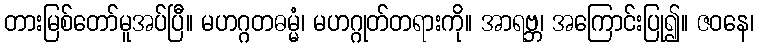
တားမြစ်တော်မူအပ်ပြီ။ မဟဂ္ဂတဓမ္မံ၊ မဟဂ္ဂုတ်တရားကို။ အာရဗ္ဘ၊ အကြောင်းပြု၍။ ဇဝနေ၊